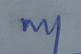
Signature authenticity: genuine